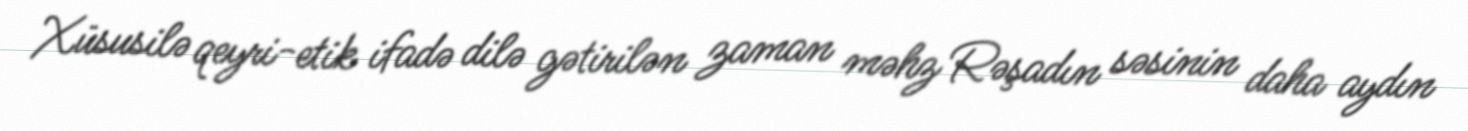
Xüsusilə qeyri-etik ifadə dilə gətirilən zaman məhz Rəşadın səsinin daha aydın